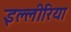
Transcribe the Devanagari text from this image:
इल्लीरिया